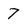
Character: 7